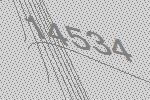
14534